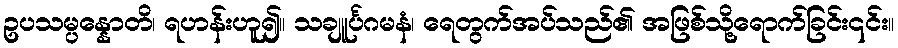
ဥပသမ္ပန္နောတိ၊ ရဟန်းဟူ၍။ သချူင်္ပဂမနံ၊ ရေတွက်အပ်သည်၏ အဖြစ်သို့ရောက်ခြင်း၎င်း။